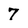
Character: 7